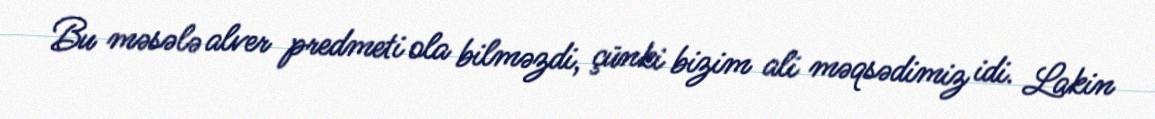
Bu məsələ alver predmeti ola bilməzdi, çünki bizim ali məqsədimiz idi. Lakin